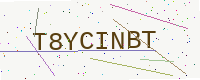
Text: T8YCINBT